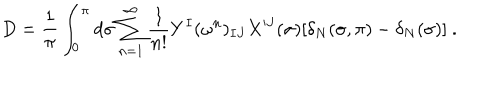
D = \frac { 1 } { \pi } \int _ { 0 } ^ { \pi } d \sigma \sum _ { n = 1 } ^ { \infty } \frac { 1 } { n ! } Y ^ { I } ( \omega ^ { n } ) _ { I J } X ^ { J } ( \sigma ) [ \delta _ { N } ( \sigma , \pi ) - \delta _ { N } ( \sigma ) ] \ .